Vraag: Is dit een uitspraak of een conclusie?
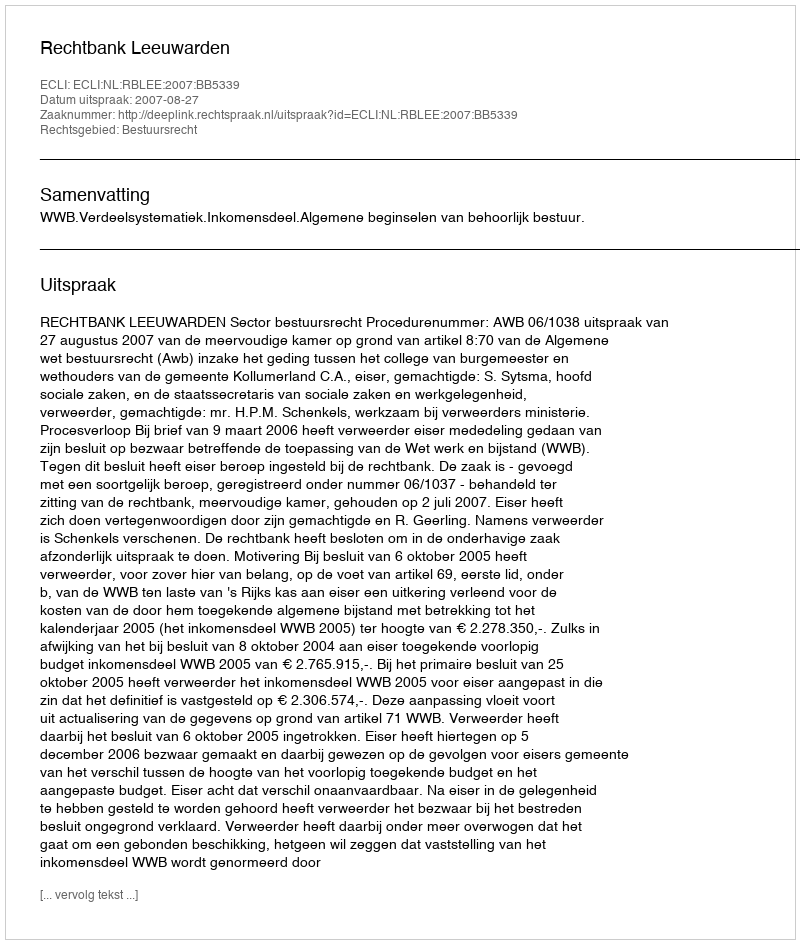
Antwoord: Uitspraak